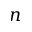
n